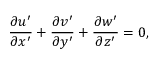
\frac { \partial u ^ { \prime } } { \partial x ^ { \prime } } + \frac { \partial v ^ { \prime } } { \partial y ^ { \prime } } + \frac { \partial w ^ { \prime } } { \partial z ^ { \prime } } = 0 ,